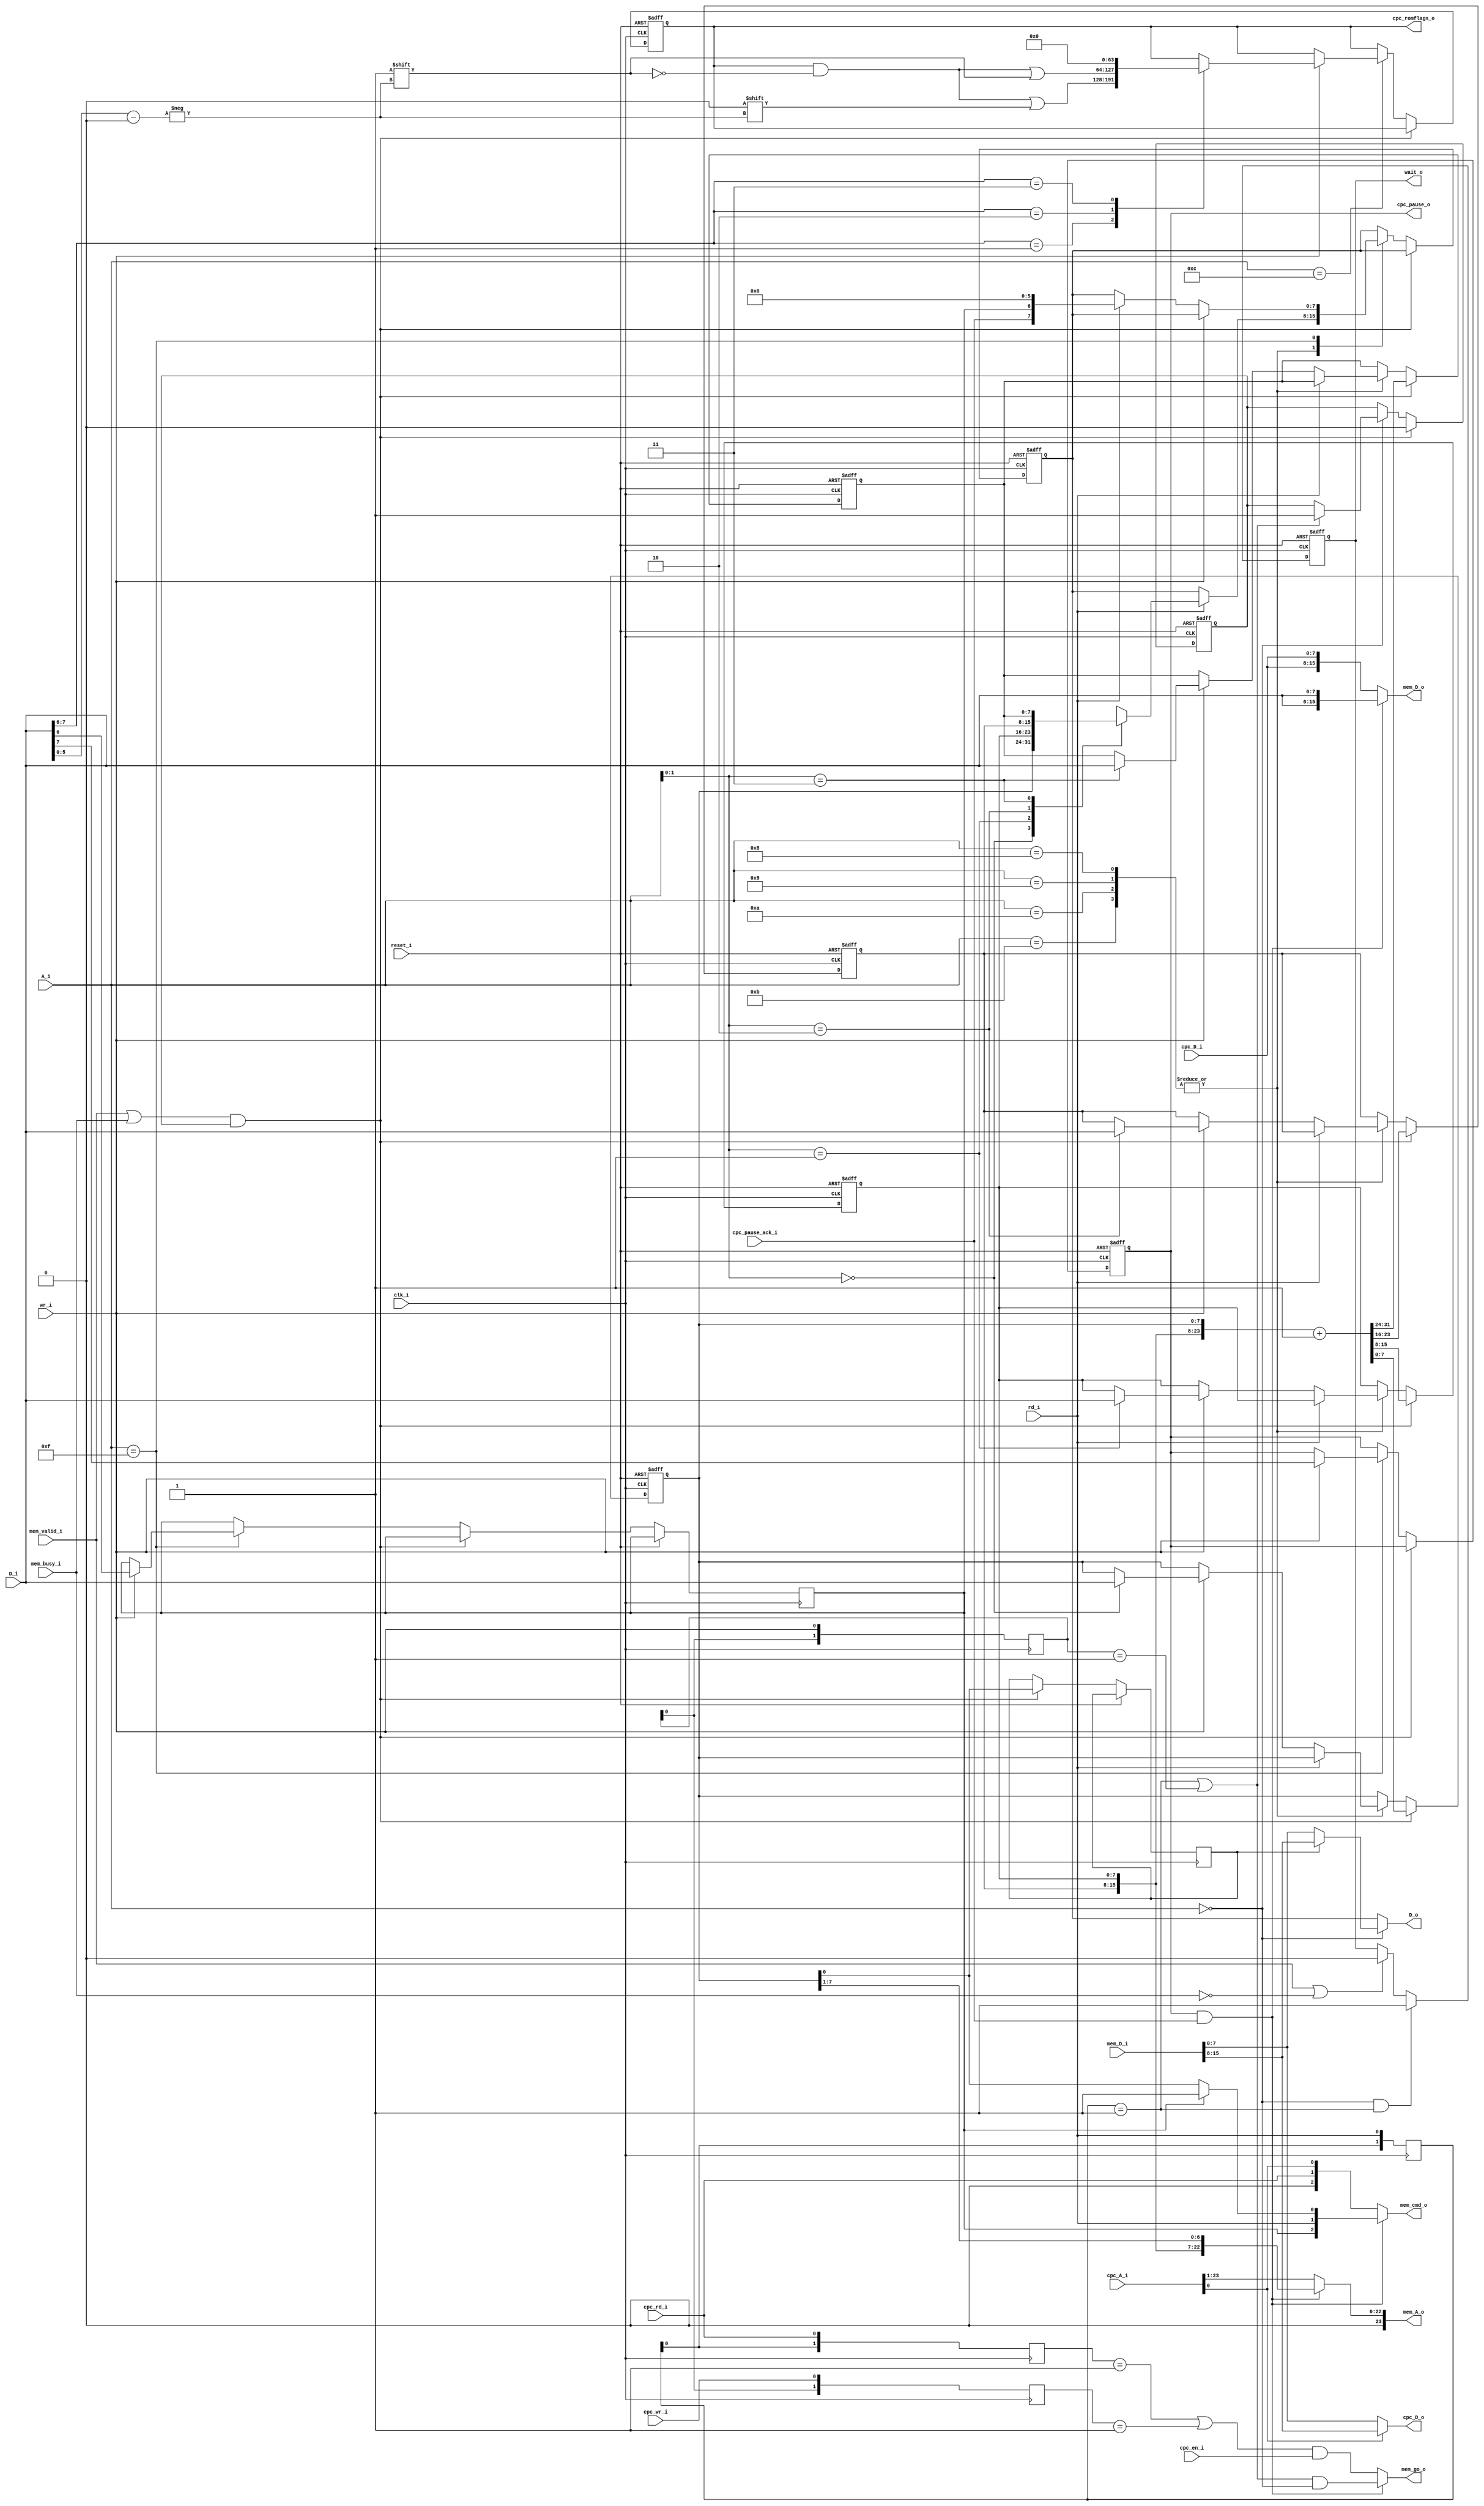
module sram_ctl ( 
	input wire 			clk_i,
	input wire			reset_i,
	input wire [3:0]	A_i,
	input wire [7:0]	D_i,
	output wire [7:0]	D_o,
	input wire 			rd_i,
	input wire 			wr_i,
	output reg			wait_o,
	output reg			cpc_pause_o,
	input					cpc_pause_ack_i,
	input wire [23:0]	cpc_A_i,
	input wire [7:0]	cpc_D_i,
	output wire [7:0]	cpc_D_o,
	input wire	 		cpc_en_i,
	input wire	 		cpc_rd_i,
	input wire	 		cpc_wr_i,
	output wire [63:0] cpc_romflags_o,
	output wire [23:0]	mem_A_o,
	input wire [15:0]		mem_D_i,
	output wire [15:0]	mem_D_o,
	output wire	 			mem_go_o,
	output wire	[2:0]		mem_cmd_o,
	input wire				mem_busy_i,
	input wire				mem_valid_i
	);
	wire rd_rise, wr_rise, crd_rise, cwr_rise, busy_rise;
	wire [7:0] support_data_snip;
	reg [7:0]		A[0:3], DOUT = 8'd0;
	reg [1:0]		track_rd = 2'd0, track_wr = 2'd0, track_crd = 2'd0, track_cwr = 2'd0;
	reg 				control_ops = 1'd0;
	reg 				old_lsb = 1'b0, incr_address = 1'b0;
	reg [63:0]		romflags = 64'd0;
	assign mem_A_o = (cpc_pause_o & cpc_pause_ack_i) ? {1'b0, A[2], A[1], A[0][7:1]} : {1'b0,cpc_A_i[23:1]};		
	assign mem_D_o = (cpc_pause_o & cpc_pause_ack_i) ? {D_i,D_i} : {cpc_D_i,cpc_D_i};	
	assign mem_go_o = (cpc_pause_o & cpc_pause_ack_i) ? 											
									((rd_rise | wr_rise) & (A_i==4'd0)) : 
									((crd_rise | cwr_rise) & cpc_en_i);
	assign mem_cmd_o = (cpc_pause_o & cpc_pause_ack_i) ? {control_ops, rd_i, control_ops ? 1'b1 : A[0][0]} : {1'b0, cpc_rd_i, cpc_A_i[0]};
	assign cpc_D_o = cpc_A_i[0] ? mem_D_i[15:8] : mem_D_i[7:0];
	assign support_data_snip = (old_lsb ? mem_D_i[15:8] : mem_D_i[7:0]);
	assign D_o = (A_i == 4'd0) ? support_data_snip : DOUT;
	assign cpc_romflags_o = romflags;
	assign rd_rise = (track_rd == 2'b01);
	assign wr_rise = (track_wr == 2'b01);
	assign crd_rise = (track_crd == 2'b01);
	assign cwr_rise = (track_cwr == 2'b01);
	always @(posedge clk_i) track_rd <= {track_rd[0],rd_i};
	always @(posedge clk_i) track_wr <= {track_wr[0],wr_i};
	always @(posedge clk_i) track_crd <= {track_rd[0],cpc_rd_i};
	always @(posedge clk_i) track_cwr <= {track_wr[0],cpc_wr_i};
	always @(posedge clk_i or posedge reset_i)
	if( reset_i ) begin
		{A[3],A[2],A[1],A[0]} <= 32'd0;
		DOUT <= 8'd0;
		cpc_pause_o <= 1'b0;
		incr_address <= 1'b0;
		romflags <= 64'd0;
	end else begin
		if( (mem_valid_i | mem_busy_i) & incr_address ) begin	
			old_lsb <= A[0][0];
			{A[3],A[2],A[1],A[0]} <= {A[3],A[2],A[1],A[0]} + 1'b1;
			incr_address <= 1'b0;
		end
		else
		case( A_i )
			4'b0000 : begin
				if( rd_rise | wr_rise ) incr_address <= 1'b1;
			end
			4'b1000, 4'b1001, 4'b1010, 4'b1011 : begin
				if( rd_i ) DOUT <= A[A_i[1:0]];
				else
				if( wr_i ) A[A_i[1:0]] <= D_i;
			end
			4'b1100 : begin	
				if( wr_i ) case( D_i[7:6] )
					2'b01 : romflags[D_i[5:0]] <= 1'b0;		
					2'b10 : romflags[D_i[5:0]] <= 1'b1;		
					2'b11 : romflags <= 64'd0;					
				endcase
			end
			4'b1111 : begin
				if( wr_i ) begin
					cpc_pause_o <= D_i[7];
					control_ops <= D_i[6];
				end
				else
				if( rd_i ) DOUT <= {cpc_pause_ack_i,control_ops,6'd0};
			end
			default: ;
		endcase
	end
	always @(posedge clk_i or posedge reset_i)
	if( reset_i ) wait_o <= 1'b0;
	else begin
		if( ( A_i == 4'd0 ) && (rd_rise) ) wait_o <= 1'b1;
		else if( mem_valid_i | ~mem_busy_i ) wait_o <= 1'b0;
	end
endmodule